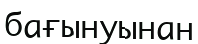
бағынуынан